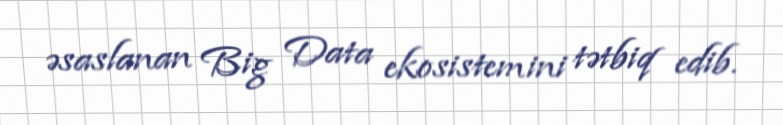
əsaslanan Big Data ekosistemini tətbiq edib.